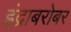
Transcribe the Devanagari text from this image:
इंद्राबरोबर